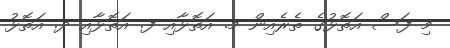
މި ފަސް އަތޮޅުގެ ތެރެއިން މ. އަތޮޅާއި ފ. އަތޮޅާއި ދ. އަތޮޅު